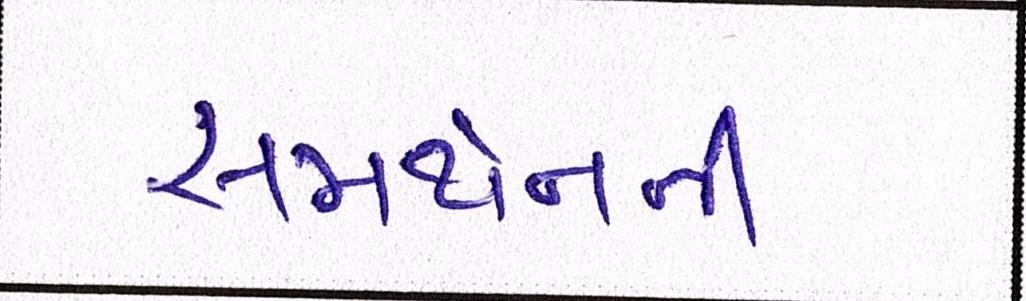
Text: સમર્થનની